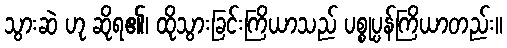
သွားဆဲ ဟု ဆိုရ၏၊ ထိုသွားခြင်းကြိယာသည် ပစ္စုပ္ပန်ကြိယာတည်း။